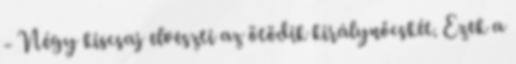
- Négy kiscsaj elveszti az ötödik királynőcskét. Ezek a